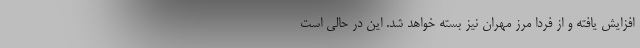
افزایش یافته و از فردا مرز مهران نیز بسته خواهد شد. این در حالی است